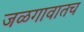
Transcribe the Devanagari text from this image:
जळगावातच